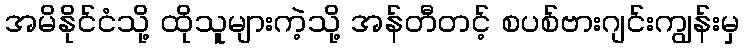
အမိနိုင်ငံသို့ ထိုသူများကဲ့သို့ အန်တီတင့် စပစ်ဗားဂျင်းကျွန်းမှ